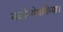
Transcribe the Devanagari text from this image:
नवोन्मेषकिया।